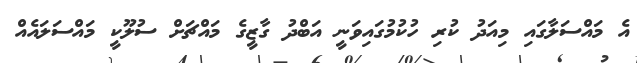
އެ މައްސަލާގައި މިއަދު ކުރި ހުކުމުގައިވަނީ އަބްދު ގާޒީގެ މައްޗަށް ސުލޫކީ މައްސަލައެއް